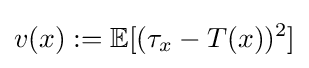
v(x):=\mathbb {E} [(\tau _{x}-T(x))^{2}]